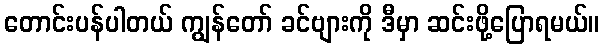
တောင်းပန်ပါတယ် ကျွန်တော် ခင်ဗျားကို ဒီမှာ ဆင်းဖို့ပြောရမယ်။